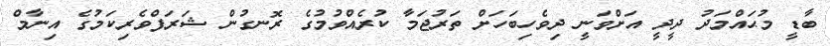
ބާޑީ މުޙައްމަދު ދީދީ އަށްވަނީ ދިވެހިބަހަށް ތަރުޖަމާ ކުރެއްވުމުގެ ރޮނގުން ޝަރަފްވެރިކަމުގެ އިނާމް